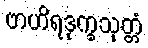
ဗာဟိရဒုက္ခသုတ္တံ